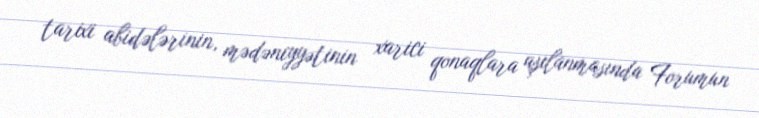
tarixi abidələrinin, mədəniyyətinin xarici qonaqlara aşılanmasında Forumun